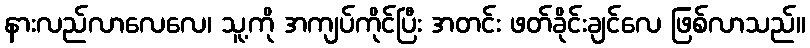
နားလည်လာလေလေ၊ သူ့ကို အကျပ်ကိုင်ပြီး အတင်း ဖတ်ခိုင်းချင်လေ ဖြစ်လာသည်။